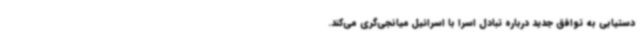
دستیابی به توافق جدید درباره تبادل اسرا با اسرائیل میانجی‌گری می‌کند.